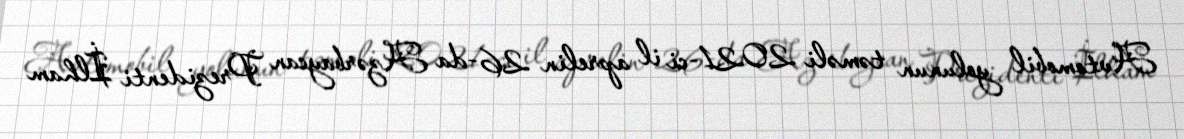
Avtomobil yolunun təməli 2021-ci il aprelin 26-da Azərbaycan Prezidenti İlham